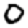
Digit: 0